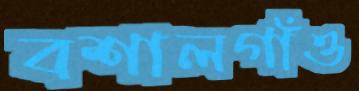
বশালগাঁও